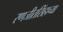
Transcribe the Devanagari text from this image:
रणजीतसिंहाच्या